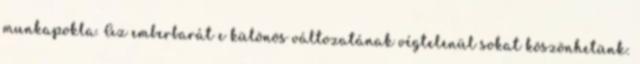
munkapokla. Az emberbarát e különös változatának végtelenül sokat köszönhetünk: